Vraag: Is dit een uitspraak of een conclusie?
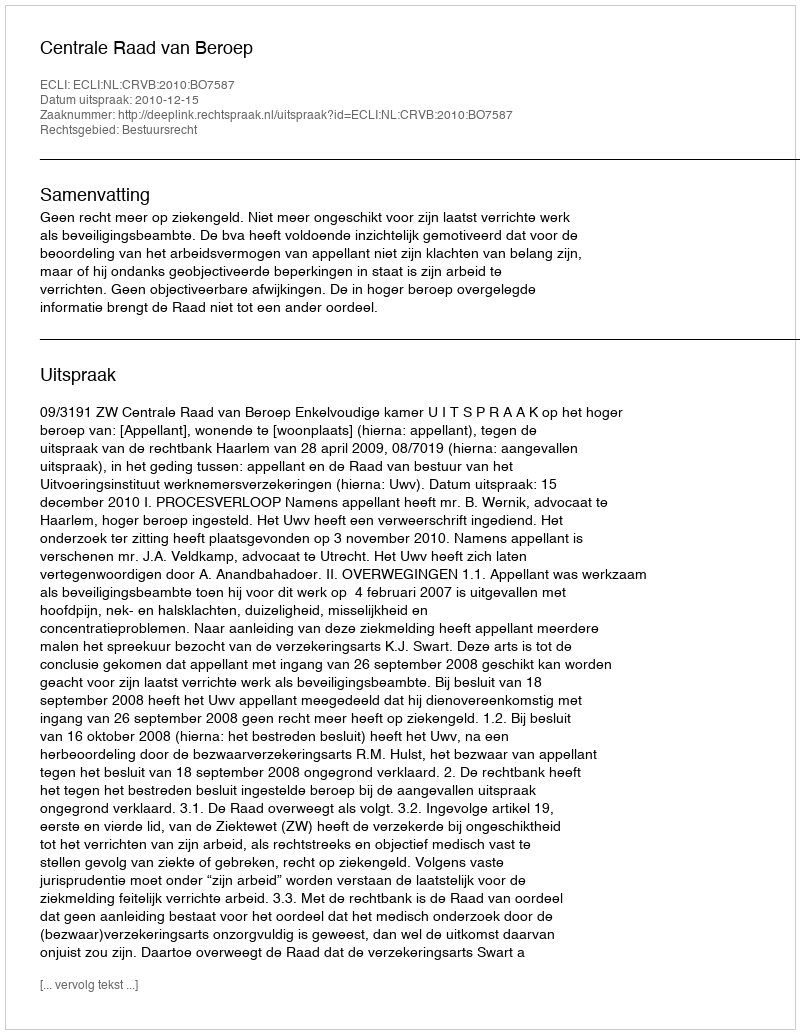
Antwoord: Uitspraak